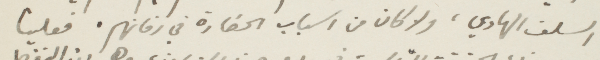
السلف الهادي، ولا كان من اسباب الحضارة في زمانهم. فعلينا